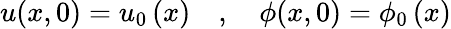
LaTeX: u(x,0)={u_{0}}\, (x)\quad,\quad\phi(x,0)={\phi_{0}}\, (x)